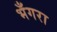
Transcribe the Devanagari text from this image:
भँगरा